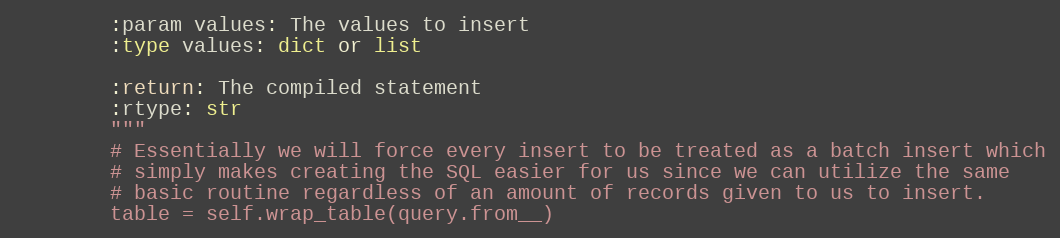
Language: Python
        :param values: The values to insert
        :type values: dict or list

        :return: The compiled statement
        :rtype: str
        """
        # Essentially we will force every insert to be treated as a batch insert which
        # simply makes creating the SQL easier for us since we can utilize the same
        # basic routine regardless of an amount of records given to us to insert.
        table = self.wrap_table(query.from__)